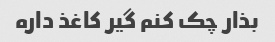
بذار چک کنم گیر کاغذ داره